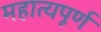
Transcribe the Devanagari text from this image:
महात्यपूर्ण